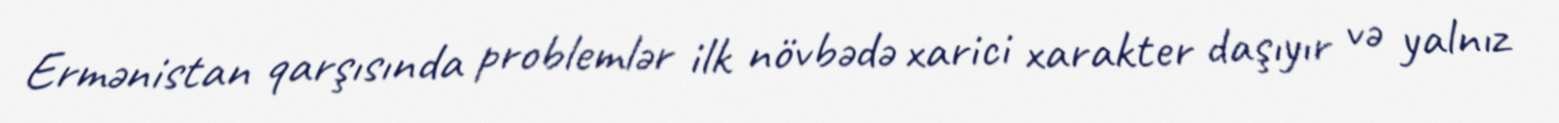
Ermənistan qarşısında problemlər ilk növbədə xarici xarakter daşıyır və yalnız